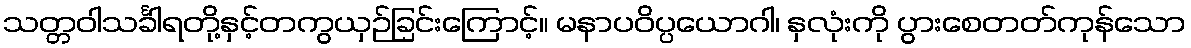
သတ္တဝါသင်္ခါရတို့နှင့်တကွယှဉ်ခြင်းကြောင့်။ မနာပဝိပ္ပယောဂါ၊ နှလုံးကို ပွားစေတတ်ကုန်သော